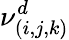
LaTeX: \nu_{(i,j,k)}^{d}